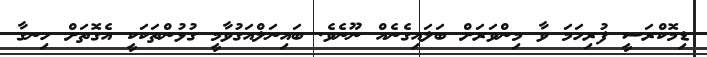
ޑިމޮކްރަސީ ފުރިހަމަ ވާ މިންވަރަށް ބަލައިގެނެއް ނޫނެވެ. ބައިނަލްއަގުވާމީ ގުޅުންތަކަކީ އެގޮތަށް ހިނގާ